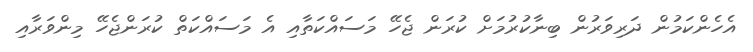
އެހެންކަމުން ދަރިވަރުން ބިނާކުރުމަށް ކުރަން ޖެހޭ މަސައްކަތާއި އެ މަސައްކަތް ކުރަންޖެހޭ މިންވަރާއި